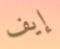
إيف